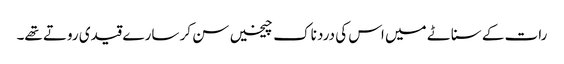
رات کے سناٹے میں اس کی درد ناک چیخیں سن کر سارے قیدی روتے تھے۔